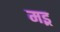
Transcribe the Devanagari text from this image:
मइ्र